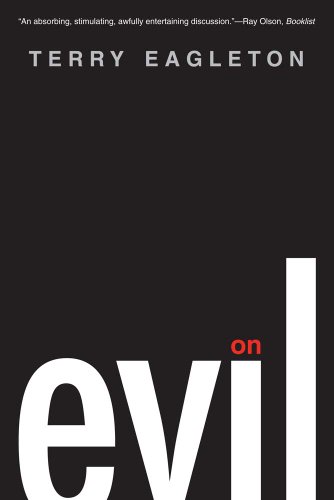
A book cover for On Evil; Terry Eagleton; Politics & Social Sciences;